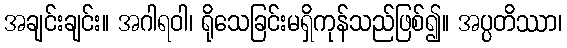
အချင်းချင်း။ အဂါရဝါ၊ ရိုသေခြင်းမရှိကုန်သည်ဖြစ်၍။ အပ္ပတိဿာ၊